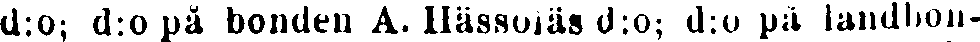
d:o; d:o på bonden A. Hässoläs d:o; d:o på landbon-